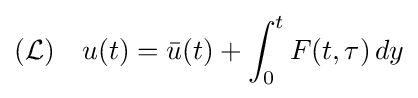
({\mathcal {L}})\quad u(t)={\bar {u}}(t)+\int _{0}^{t}F(t,\tau )\,dy